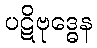
ပဋိဗုဒ္ဓေန